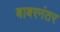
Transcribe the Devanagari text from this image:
बाबरनंतर